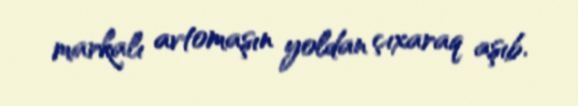
markalı avtomaşın yoldan çıxaraq aşıb.